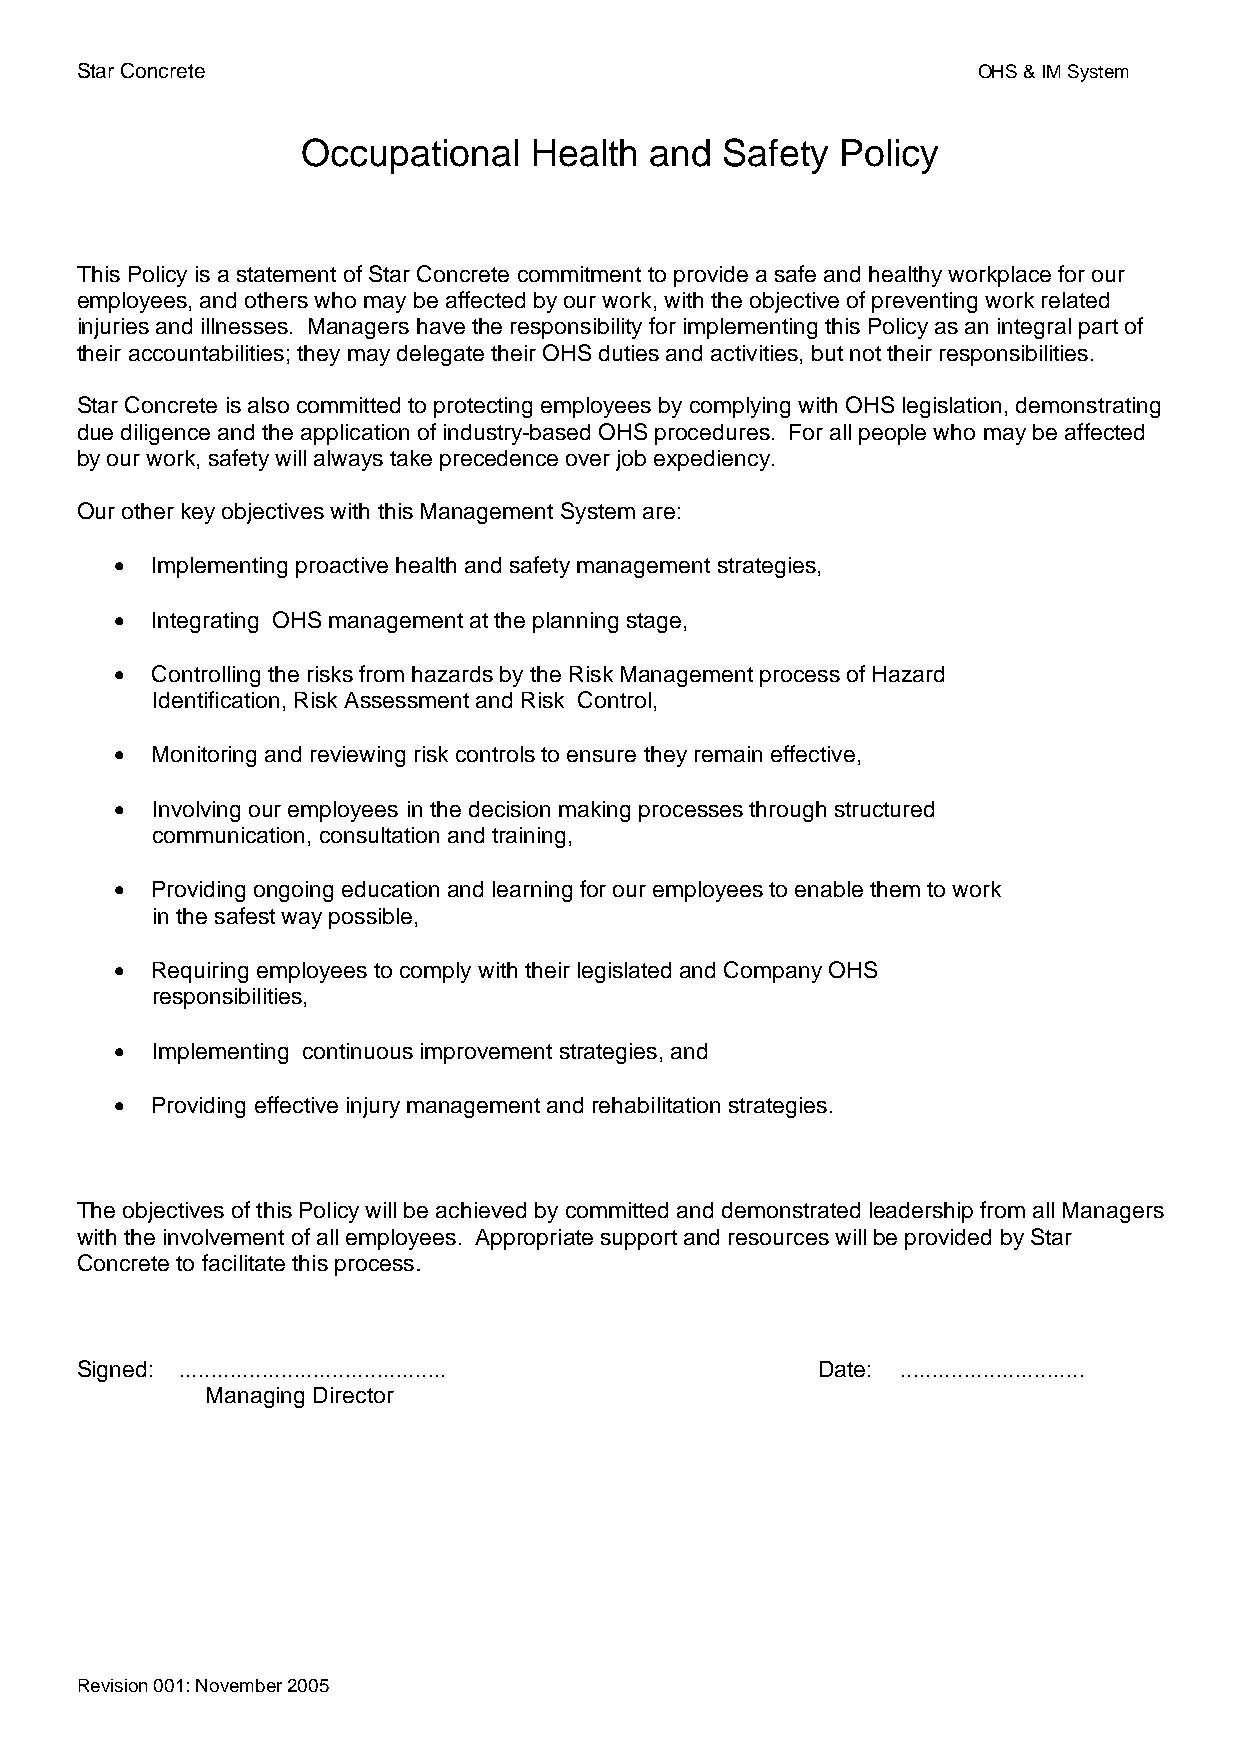
Star Concrete                                               OHS & IM System
 Occupational   Health  and  Safety  Policy
 This Policy is a statement of Star Concrete commitment to provide a safe and healthy workplace for our
 employees, and others who may be affected by our work, with the objective of preventing work related
 injuries and illnesses. Managers have the responsibility for implementing this Policy as an integral part of
 their accountabilities; they may delegate their OHS duties and activities, but not their responsibilities.
 Star Concrete is also committed to protecting employees by complying with OHS legislation, demonstrating
 due diligence and the application of industry-based OHS procedures. For all people who may be affected
 by our work, safety will always take precedence over job expediency.
 Our other key objectives with this Management System are:
 • Implementing proactive health and safety management strategies,
 • Integrating OHS management at the planning stage,
 • Controlling the risks from hazards by the Risk Management process of Hazard
 Identification, Risk Assessment and Risk Control,
 • Monitoring and reviewing risk controls to ensure they remain effective,
 • Involving our employees in the decision making processes through structured
 communication, consultation and training,
 • Providing ongoing education and learning for our employees to enable them to work
 in the safest way possible,
 • Requiring employees to comply with their legislated and Company OHS
 responsibilities,
 • Implementing continuous improvement strategies, and
 • Providing effective injury management and rehabilitation strategies.
 The objectives of this Policy will be achieved by committed and demonstrated leadership from all Managers
 with the involvement of all employees. Appropriate support and resources will be provided by Star
 Concrete to facilitate this process.
 Signed: .......................................... Date: .............................
 Managing Director
 Revision 001: November 2005